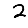
Digit: 2